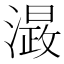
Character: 𭲮